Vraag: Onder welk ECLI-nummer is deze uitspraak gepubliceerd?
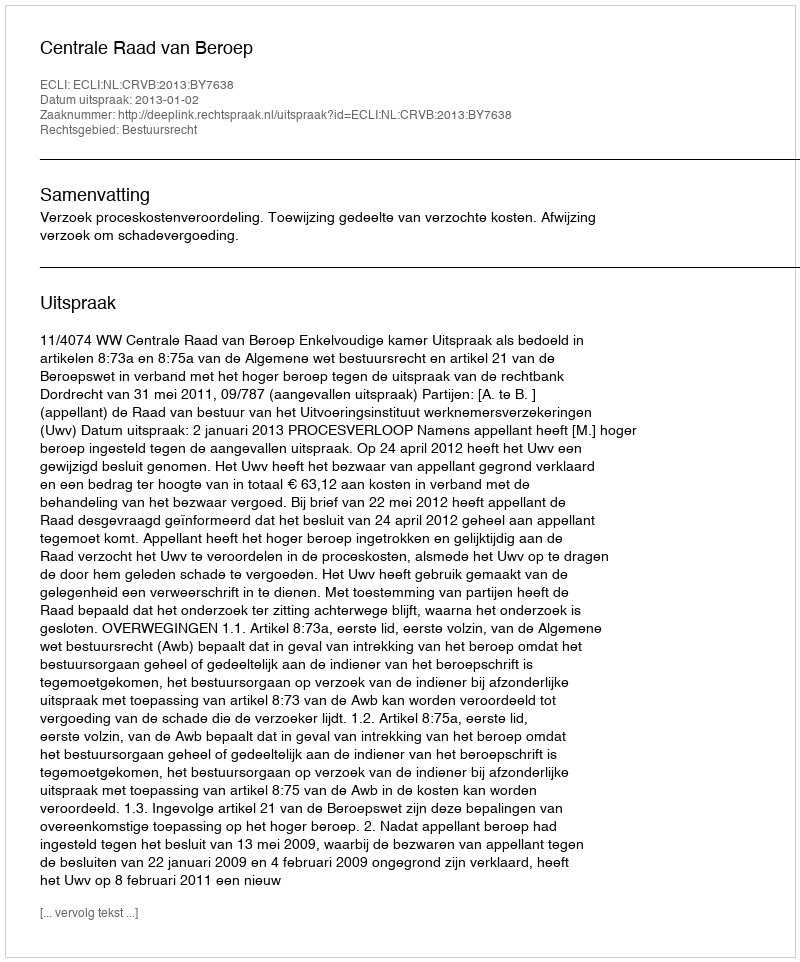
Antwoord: ECLI:NL:CRVB:2013:BY7638